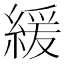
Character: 緩